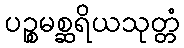
ပဉ္စမစ္ဆရိယသုတ္တံ